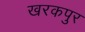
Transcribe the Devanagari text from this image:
खरकपुर